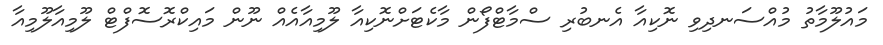
މައުލޫމާތު މުއްސަނދިވި ނޮކިއާ އެނބުރި ސްމާޓްފޯން މާކެޓަށްނޮކިއާ ލޫމިއާއެއް ނޫން މައިކްރޮސޮފްޓް ލޫމިއާލޫމިއާ